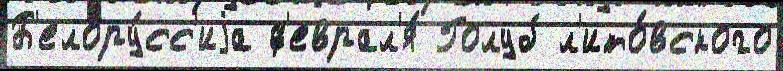
Б'елору́сс'иjа ф'еврал'я́ Голуб л'ито́вского